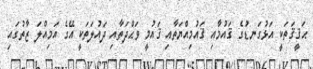
ޙަޤީޤަތަކީ އަޅުގަނޑުގެ ޤައުމާއި ޤައުމިއްޔަތާއި ޤައުމީ ވަޙްދަތާއި ދައުލަތަކީ އޭގެ އަމިއްލަ ޒާތުގައި